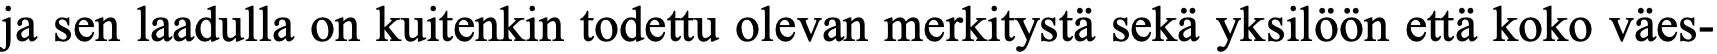
ja sen laadulla on kuitenkin todettu olevan merkitystä sekä yksilöön että koko väes-